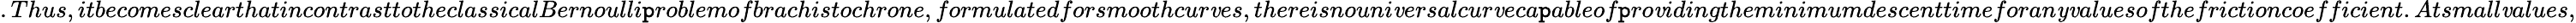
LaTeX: .Thus,itbecomesclearthatincontrasttotheclassicalBernoulli\mathtt{p}roblemofbrachistochrone,formulatedforsmoothcur\mathit{v}es,thereisnouni\mathit{v}ersalcur\mathit{v}eca\mathtt{p}ableof\mathtt{p}ro\mathit{v}idingtheminimumdescenttimeforan\mathit{y}\mathit{v}aluesofthefrictioncoefficient.Atsmall\mathit{v}alues,